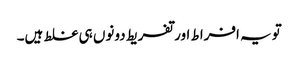
تویہ افراط اور تفریط دونوں ہی غلط ہیں۔